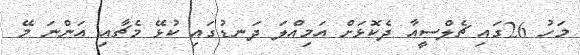
މަހު 26ގައި ޗެލްސީއާ ދެކޮޅަށް އަމިއްލަ ދަނޑުގައި ކުޅޭ މެޗާއި އަންނަ މޭ